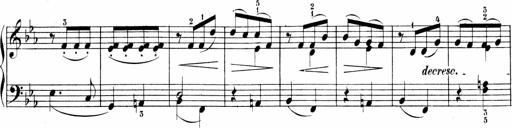
Title: Sonatinen Op.47, 98 und 136, nebst 6 Liedersonatinen
Composer: Carl Reinecke